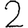
Digit: 2